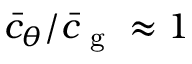
\bar { c } _ { \theta } / \bar { c } _ { \mathrm { ~ g ~ } } \approx 1